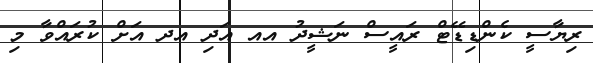
ރިޔާސީ ކެންޑިޑޭޓް ރައީސް ނަޝީދު އއ އަދި އދ އަށް ކުރައްވާ މި